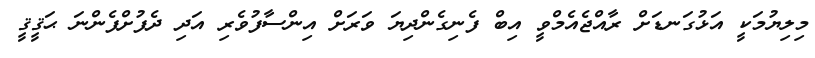
މިލިޔުމަކީ އަޅުގަނޑަށް ރާއްޖެއެމްވީ އިބް ފެނިގެންދިޔަ ވަރަށް އިންސާފުވެރި އަދި ދެފުށްފެންނަ ޙަޤީޤީ